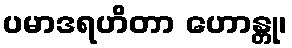
ပမာဒရဟိတာ ဟောန္တု၊